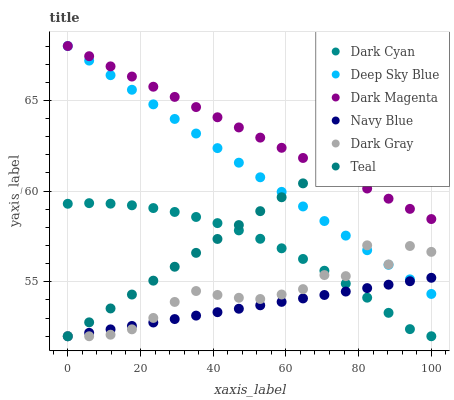
| xaxis_label | Dark Cyan | Deep Sky Blue | Dark Magenta | Navy Blue | Dark Gray | Teal |
 | --- | --- | --- | --- | --- | --- | --- |
 | 0 | 59.3 | 68 | 68 | 52 | 52 | 52 |
 | 5.88 | 59.3 | 67.2 | 67.4 | 52.2 | 52 | 52.8 |
 | 11.8 | 59.3 | 66.4 | 66.9 | 52.4 | 52.1 | 53.5 |
 | 17.6 | 59.2 | 65.6 | 66.3 | 52.6 | 52.4 | 54.3 |
 | 23.5 | 59.1 | 64.8 | 65.8 | 52.8 | 53 | 55.1 |
 | 29.4 | 58.9 | 64 | 65.2 | 52.9 | 53.9 | 55.8 |
 | 35.3 | 58.6 | 63.2 | 64.6 | 53.1 | 54.5 | 56.6 |
 | 41.2 | 58.2 | 62.4 | 64.1 | 53.3 | 54.3 | 57.4 |
 | 47.1 | 57.8 | 61.6 | 63.5 | 53.5 | 54.1 | 58.1 |
 | 52.9 | 57.4 | 60.8 | 63 | 53.7 | 54.1 | 58.9 |
 | 58.8 | 56.8 | 60 | 62.4 | 53.9 | 54.3 | 59.7 |
 | 64.7 | 56.3 | 59.2 | 61.8 | 54.1 | 54.6 | 60.4 |
 | 70.6 | 55.6 | 58.4 | 61.3 | 54.3 | 55.4 | 61.2 |
 | 76.5 | 54.9 | 57.5 | 60.7 | 54.5 | 55.3 | 62 |
 | 82.4 | 54.1 | 56.7 | 60.1 | 54.7 | 57 | 62.7 |
 | 88.2 | 53.3 | 55.9 | 59.6 | 54.8 | 56 | 63.5 |
 | 94.1 | 52.4 | 55.1 | 59 | 55 | 57 | 64.3 |
 | 100 | 52 | 54.3 | 58.5 | 55.2 | 56.7 | 65 |